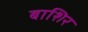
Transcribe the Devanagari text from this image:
बाशिर